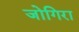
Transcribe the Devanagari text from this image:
जोगिरा